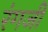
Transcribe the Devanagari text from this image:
रंगजी